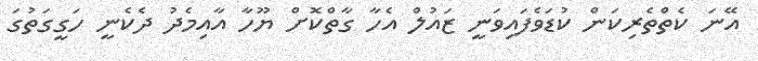
އޭނަ ކެތްތެރިކަން ކުޑަވެފައިވަނީ ޒައުލް އެހާ ގާތްކޮށް ޔޫހާ އާއިމެދު ދެކެނީ ހަގީގަތުގަ